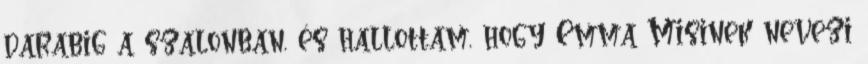
darabig a szalonban, és hallottam, hogy Emma Misinek nevezi